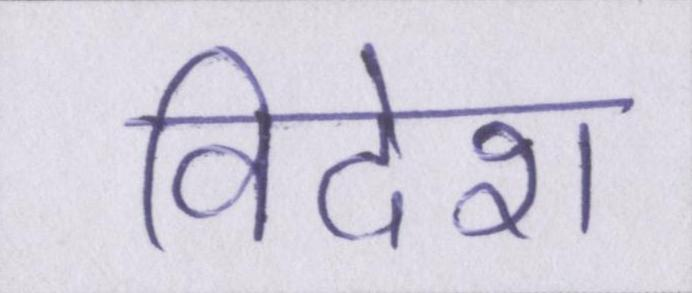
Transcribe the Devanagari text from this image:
विदेश